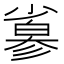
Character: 𢒮